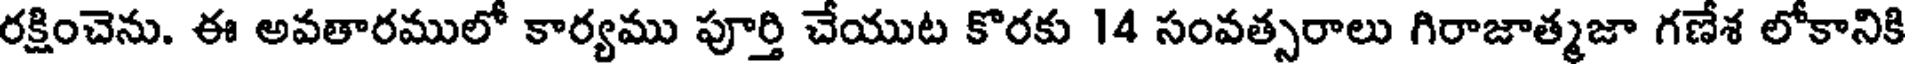
రక్షించెను. ఈ అవతారములో కార్యము పూర్తి చేయుట కొరకు 14 సంవత్సరాలు గిరాజాత్మజా గణేశ లోకానికి